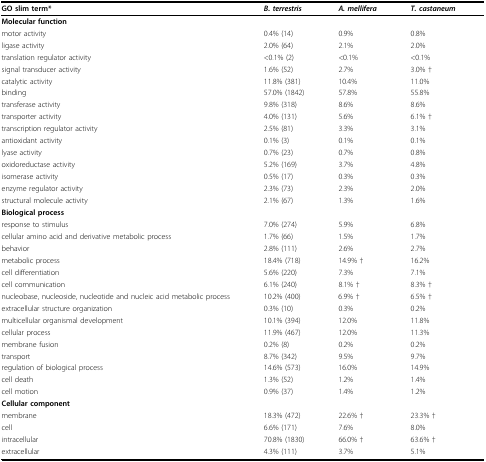
<table><thead><tr><td><b>GO slim term*</b></td><td><b><i>B. terrestris</i></b></td><td><b><i>A. mellifera</i></b></td><td><b><i>T. castaneum</i></b></td></tr></thead><tbody><tr><td>Molecular function</td><td></td><td></td><td></td></tr><tr><td>motor activity</td><td>0.4% (14)</td><td>0.9%</td><td>0.8%</td></tr><tr><td>ligase activity</td><td>2.0% (64)</td><td>2.1%</td><td>2.0%</td></tr><tr><td>translation regulator activity</td><td>&lt;0.1% (2)</td><td>&lt;0.1%</td><td>&lt;0.1%</td></tr><tr><td>signal transducer activity</td><td>1.6% (52)</td><td>2.7%</td><td>3.0% †</td></tr><tr><td>catalytic activity</td><td>11.8% (381)</td><td>10.4%</td><td>11.0%</td></tr><tr><td>binding</td><td>57.0% (1842)</td><td>57.8%</td><td>55.8%</td></tr><tr><td>transferase activity</td><td>9.8% (318)</td><td>8.6%</td><td>8.6%</td></tr><tr><td>transporter activity</td><td>4.0% (131)</td><td>5.6%</td><td>6.1% †</td></tr><tr><td>transcription regulator activity</td><td>2.5% (81)</td><td>3.3%</td><td>3.1%</td></tr><tr><td>antioxidant activity</td><td>0.1% (3)</td><td>0.1%</td><td>0.1%</td></tr><tr><td>lyase activity</td><td>0.7% (23)</td><td>0.7%</td><td>0.8%</td></tr><tr><td>oxidoreductase activity</td><td>5.2% (169)</td><td>3.7%</td><td>4.8%</td></tr><tr><td>isomerase activity</td><td>0.5% (17)</td><td>0.3%</td><td>0.3%</td></tr><tr><td>enzyme regulator activity</td><td>2.3% (73)</td><td>2.3%</td><td>2.0%</td></tr><tr><td>structural molecule activity</td><td>2.1% (67)</td><td>1.3%</td><td>1.6%</td></tr><tr><td>Biological process</td><td></td><td></td><td></td></tr><tr><td>response to stimulus</td><td>7.0% (274)</td><td>5.9%</td><td>6.8%</td></tr><tr><td>cellular amino acid and derivative metabolic process</td><td>1.7% (66)</td><td>1.5%</td><td>1.7%</td></tr><tr><td>behavior</td><td>2.8% (111)</td><td>2.6%</td><td>2.7%</td></tr><tr><td>metabolic process</td><td>18.4% (718)</td><td>14.9% †</td><td>16.2%</td></tr><tr><td>cell differentiation</td><td>5.6% (220)</td><td>7.3%</td><td>7.1%</td></tr><tr><td>cell communication</td><td>6.1% (240)</td><td>8.1% †</td><td>8.3% †</td></tr><tr><td>nucleobase, nucleoside, nucleotide and nucleic acid metabolic process</td><td>10.2% (400)</td><td>6.9% †</td><td>6.5% †</td></tr><tr><td>extracellular structure organization</td><td>0.3% (10)</td><td>0.3%</td><td>0.2%</td></tr><tr><td>multicellular organismal development</td><td>10.1% (394)</td><td>12.0%</td><td>11.8%</td></tr><tr><td>cellular process</td><td>11.9% (467)</td><td>12.0%</td><td>11.3%</td></tr><tr><td>membrane fusion</td><td>0.2% (8)</td><td>0.2%</td><td>0.2%</td></tr><tr><td>transport</td><td>8.7% (342)</td><td>9.5%</td><td>9.7%</td></tr><tr><td>regulation of biological process</td><td>14.6% (573)</td><td>16.0%</td><td>14.9%</td></tr><tr><td>cell death</td><td>1.3% (52)</td><td>1.2%</td><td>1.4%</td></tr><tr><td>cell motion</td><td>0.9% (37)</td><td>1.4%</td><td>1.2%</td></tr><tr><td>Cellular component</td><td></td><td></td><td></td></tr><tr><td>membrane</td><td>18.3% (472)</td><td>22.6% †</td><td>23.3% †</td></tr><tr><td>cell</td><td>6.6% (171)</td><td>7.6%</td><td>8.0%</td></tr><tr><td>intracellular</td><td>70.8% (1830)</td><td>66.0% †</td><td>63.6% †</td></tr><tr><td>extracellular</td><td>4.3% (111)</td><td>3.7%</td><td>5.1%</td></tr></tbody></table>